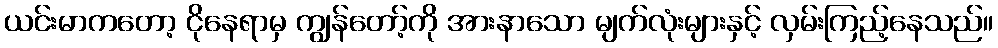
ယင်းမာကတော့ ငိုနေရာမှ ကျွန်တော့်ကို အားနာသော မျက်လုံးများနှင့် လှမ်းကြည့်နေသည်။